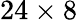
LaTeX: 24\times 8